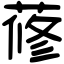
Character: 蓚